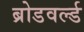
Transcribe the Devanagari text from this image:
ब्रोडवर्ल्ड